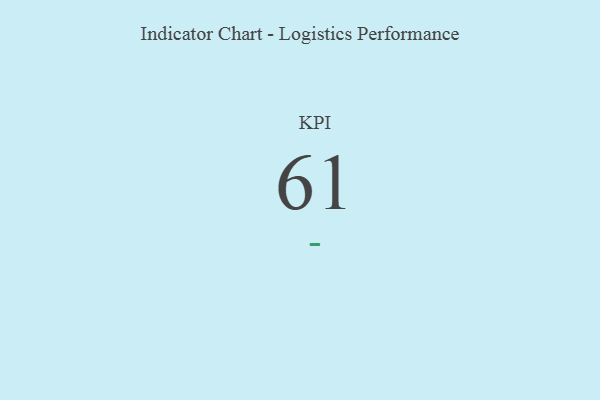
{"axis": {"x": "KPI", "y": "Value"}, "legend": [""], "data": [{"x": "KPI", "y": 61, "type": ""}]}